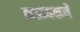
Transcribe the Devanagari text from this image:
काम्यकर्मे